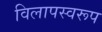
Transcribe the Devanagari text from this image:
विलापस्वरूप